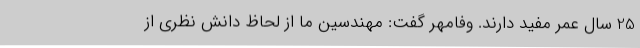
25 سال عمر مفید دارند. وفامهر گفت: مهندسین ما از لحاظ دانش نظری از